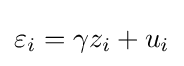
\varepsilon _{i}=\gamma z_{i}+u_{i}